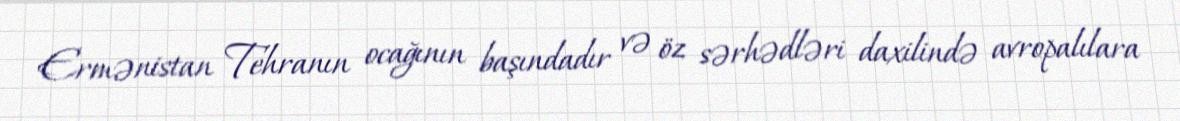
Ermənistan Tehranın ocağının başındadır və öz sərhədləri daxilində avropalılara